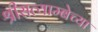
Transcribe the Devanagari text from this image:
श्रीसत्याम्बेच्या